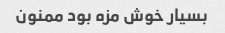
بسیار خوش مزه بود ممنون